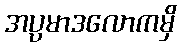
အပ္ပမာဒလောကမှိ